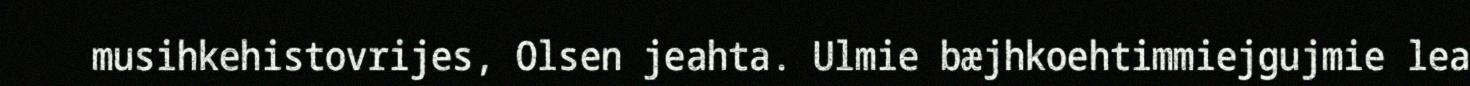
musihkehistovrijes, Olsen jeahta. Ulmie bæjhkoehtimmiejgujmie lea